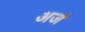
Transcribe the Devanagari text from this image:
अजं